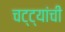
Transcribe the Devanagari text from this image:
चट्ट्यांची